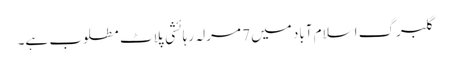
گلبرگ اسلام آباد میں 7 مرلہ رہائشی پلاٹ مطلوب ہے۔